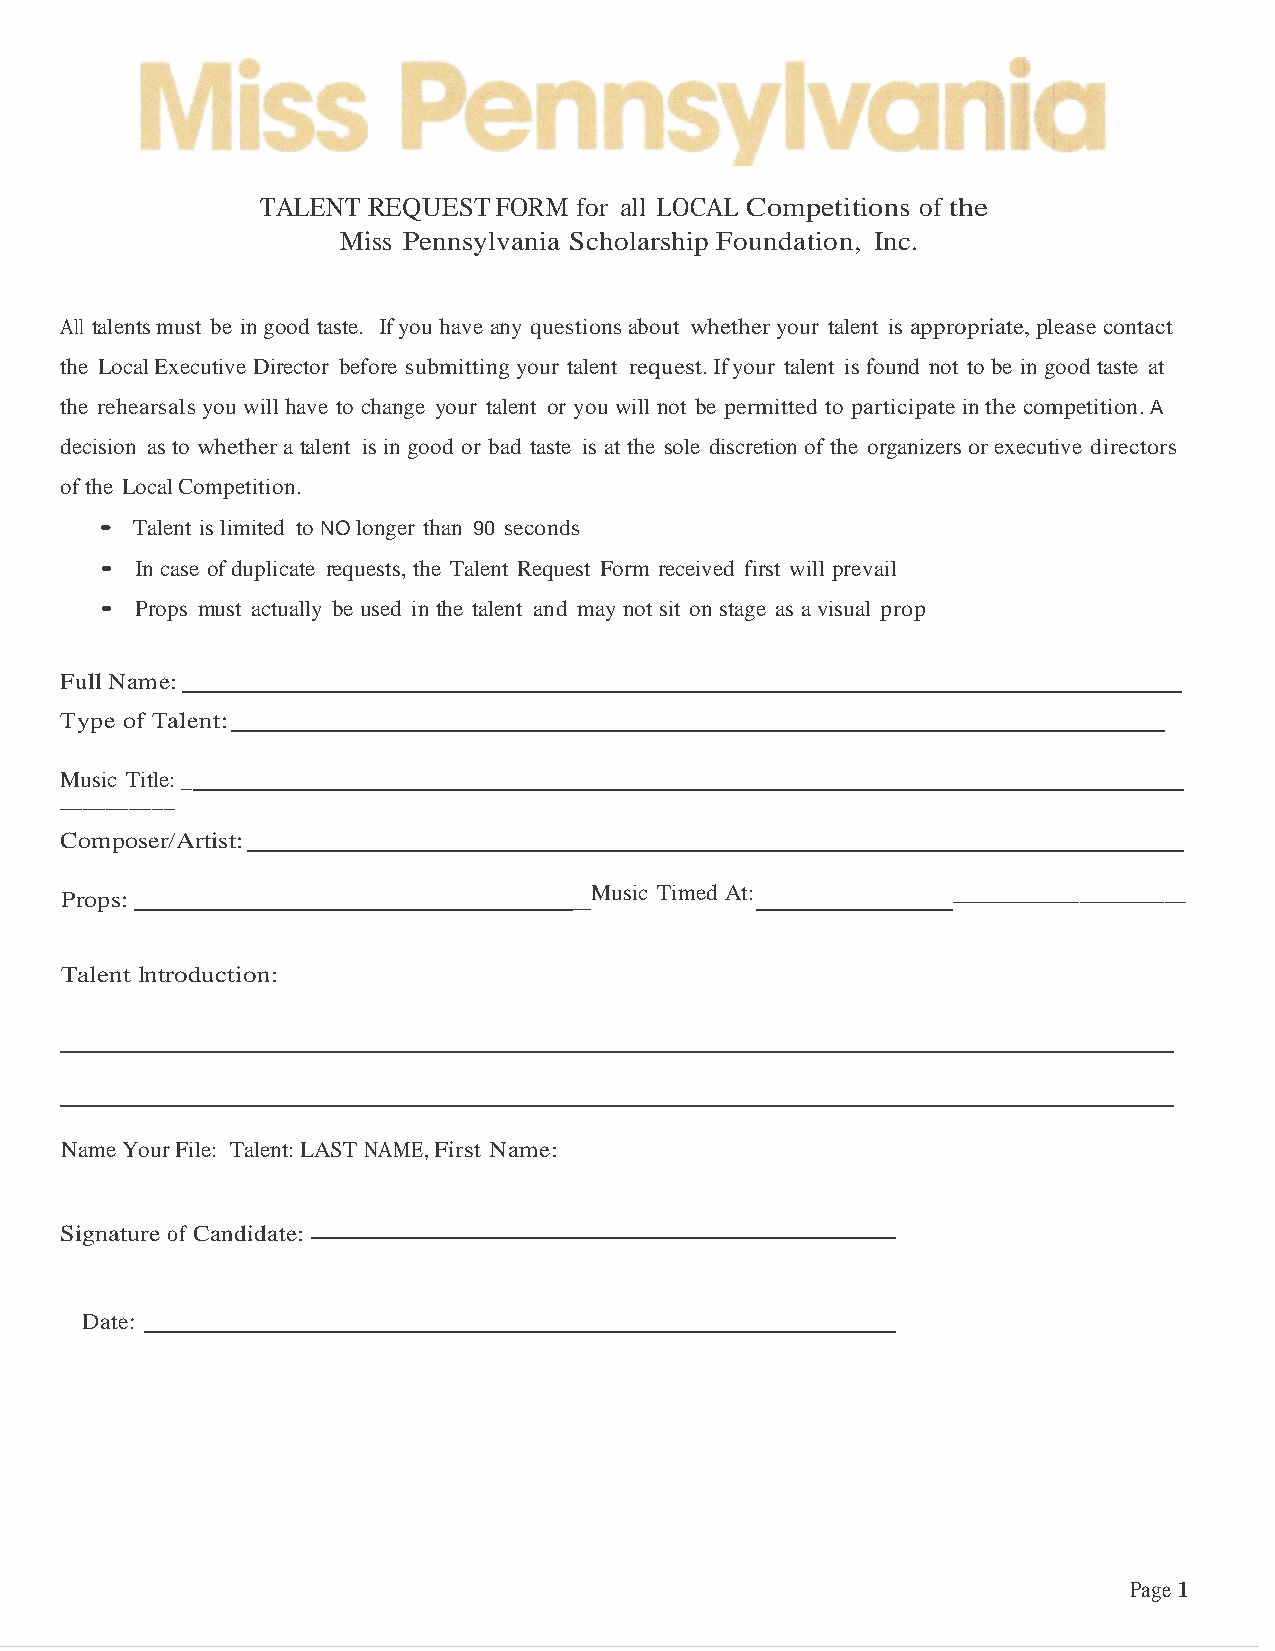
TALENT REQUEST  FORM for all LOCAL Competitions of the
 Miss Pennsylvania Scholarship Foundation, Inc.
 All talents must be in good taste. If you have any questions about whether your talent is appropriate, please contact
 the Local Executive Director before submitting your talent request. If your talent is found not to be in good taste at
 the rehearsals you will have to change your talent or you will not be permitted to participate in the competition. A
 decision as to whether a talent is in good or bad taste is at the sole discretion of the organizers or executive directors
 of the Local Competition.
 • Talent is limited to NO longer than 90 seconds
 • In case of duplicate requests, the Talent Request Form received first will prevail
 • Props must actually be used in the talent and may not sit on stage as a visual prop
 Full Name:
 Type of Talent:
 Music Title: _
 __________
 Composer/Artist:
 Props:                            _Music Timed At: __________________________
 Talent lntroduction:
 Name Your File: Talent: LAST NAME, First Name:
 Signature of Candidate:
 Date:
 Page 1